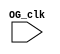
`timescale 1ns / 1ps

module Clk_Divider(
    input OG_clk
    );
    
    parameter n = 3;
    
    wire [n:0] din;
    wire [n:0] clkdiv;
     
    DFF D0 (din[0], OG_clk, rst, clkdiv[0]);
     
    genvar i;
    
    for (i = 1; i <= n; i = i + 1) begin
        DFF D (din[i], clkdiv[i-1], rst, clkdiv[i]);
    end

      
    assign din = ~clkdiv;
endmodule

module DFF(
    input D,
    input clk,
    input rst,
    output reg Q
    );
    
    always @ (posedge clk or posedge rst) begin
    if (rst)
        Q = 0;
    else
        Q = D;
    end
    
endmodule